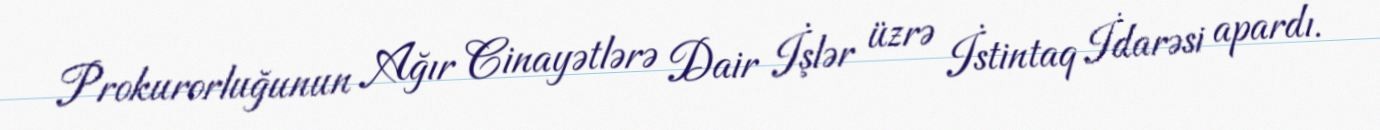
Prokurorluğunun Ağır Cinayətlərə Dair İşlər üzrə İstintaq İdarəsi apardı.